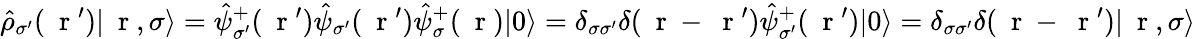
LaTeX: \hat{\rho}_{\sigma^{\prime}}(\mathrm{~\mathbf~r~}^{\prime})|\mathrm{~\mathbf~r~},\sigma\rangle=\hat{\psi}_{\sigma^{\prime}}^{+}(\mathrm{~\mathbf~r~}^{\prime})\hat{\psi}_{\sigma^{\prime}}(\mathrm{~\mathbf~r~}^{\prime})\hat{\psi}_{\sigma}^{+}(\mathrm{~\mathbf~r~})|0\rangle=\delta_{\sigma\sigma^{\prime}}\delta(\mathrm{~\mathbf~r~}-\mathrm{~\mathbf~r~}^{\prime})\hat{\psi}_{\sigma^{\prime}}^{+}(\mathrm{~\mathbf~r~}^{\prime})|0\rangle=\delta_{\sigma\sigma^{\prime}}\delta(\mathrm{~\mathbf~r~}-\mathrm{~\mathbf~r~}^{\prime})|\mathrm{~\mathbf~r~},\sigma\rangle